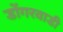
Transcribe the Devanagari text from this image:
डोंगरवाडी